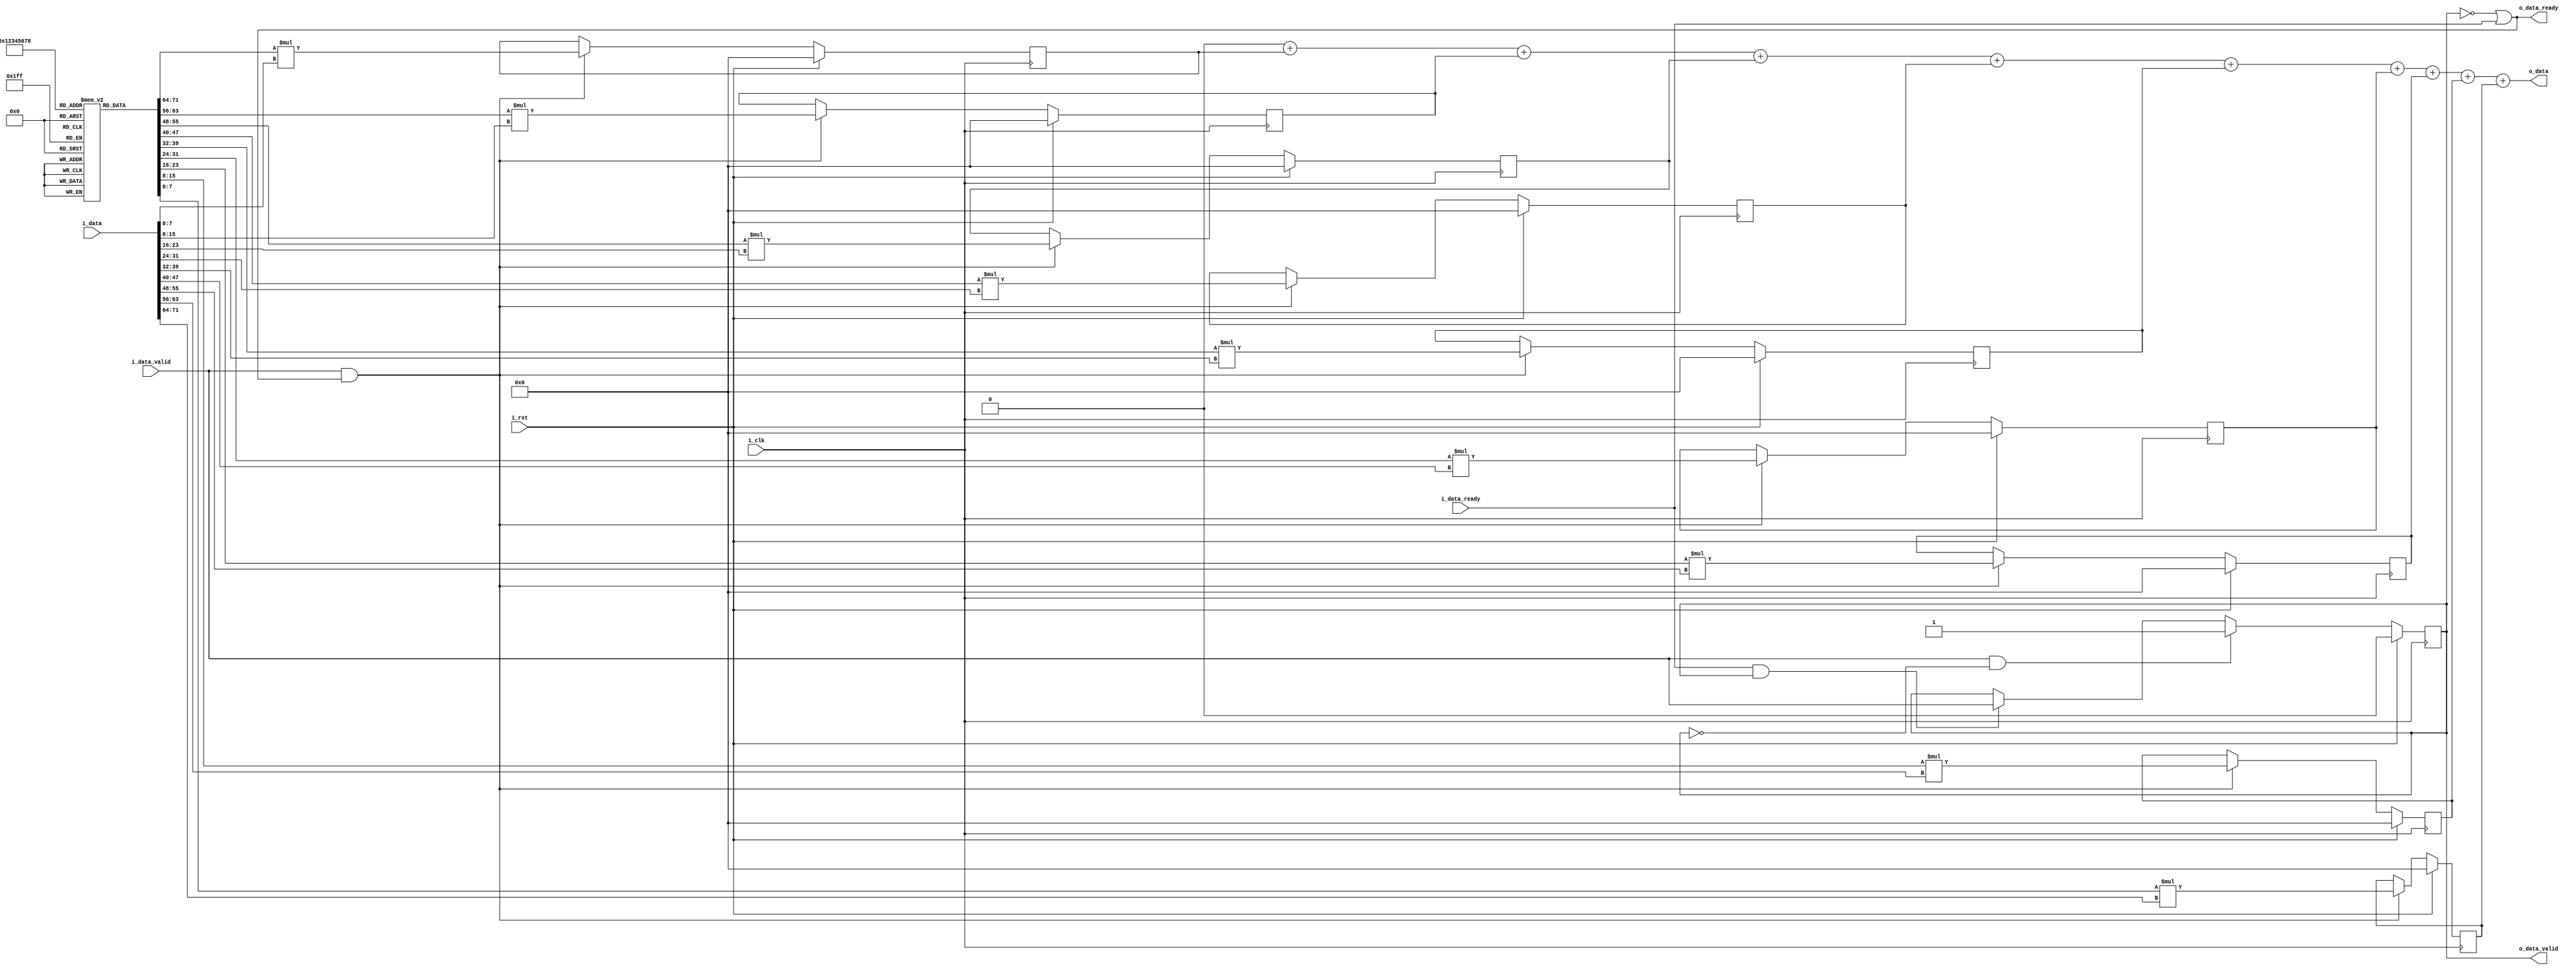
`timescale 1ns / 1ps
//////////////////////////////////////////////////////////////////////////////////
// Company: 
// Engineer: 
// 
// Design Name: 
// Module Name: pipe_stage_MAC
// Project Name: 
// Target Devices: 
// Tool Versions: 
// Description: 
// 
// Dependencies: 
// 
// Revision:
// Revision 0.01 - File Created
// Additional Comments:
// 
//////////////////////////////////////////////////////////////////////////////////


module pipe_stage_MAC(
    input i_clk,
    input i_rst,
    
    //upstream
    input [71:0]i_data,
    input i_data_valid,
    output o_data_ready,
    
    //downstream
    output [15:0]o_data,
    output o_data_valid,
    input i_data_ready
    );
    
    integer i; 
    reg [7:0] kernel [8:0];
    reg [15:0] multData[8:0];
    reg [15:0] sumDataInt;
    
    reg valid_data;
    
    initial
    begin
        for(i=0;i<9;i=i+1)
        begin
            kernel[i] = 1;
        end
    end
    
    always @(posedge i_clk)
    begin
        if(i_rst)
        begin
            for(i=0;i<9;i=i+1)
            begin
                multData[i] <= 0;
            end    
        end
        else
        begin
            if(i_data_valid & o_data_ready)
            begin
                for(i=0;i<9;i=i+1)
                begin
                    multData[i] <= kernel[i]*i_data[i*8+:8];
                end
            end
        end
        
    end
    
    
    always @(*)
    begin
        sumDataInt = 0;
        for(i=0;i<9;i=i+1)
        begin
            sumDataInt = sumDataInt + multData[i];
        end
    end
    
    always @(posedge i_clk)
    begin
        if(i_rst)
            valid_data <= 0;
        else if(i_data_valid & !valid_data)
            valid_data <= 1;
        else if(i_data_ready & valid_data)
            valid_data <= i_data_valid; 
    end
    
    assign o_data_ready = ~valid_data | i_data_ready ;
    assign o_data_valid = valid_data; 
    
    assign o_data = sumDataInt;
    
endmodule